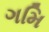
ગમિ